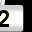
Digit: 2